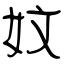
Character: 妏